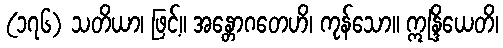
(၁၇၆) သတိယာ၊ ဖြင့်။ အန္တောဂတေဟိ၊ ကုန်သော။ ဣန္ဒြိယေတိ၊